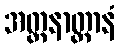
အတ္တနာတ္တာနံ